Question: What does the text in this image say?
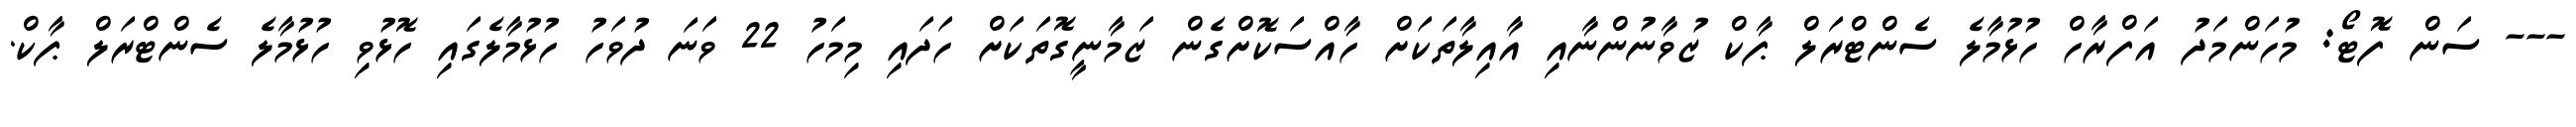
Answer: --- ސަން ފޮޓޯ: މުހަންމަދު އަފްރާހް ހުޅުމާލެ ސެންޓްރަލް ޕާކް ޒުވާނުންނާއި އާއިލާތަކަށް ހާއްސަކޮށްގެން ޒަމާނީގޮތަކަށް ހަދައި މިމަހު 22 ވަނަ ދުވަހު ހުޅުމާލެގައި ހޮޅުވި ހުޅުމާލެ ސެންޓްރަލް ޕާކް.